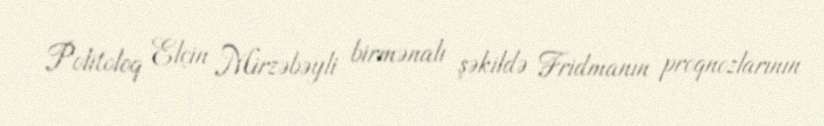
Politoloq Elçin Mirzəbəyli birmənalı şəkildə Fridmanın proqnozlarının